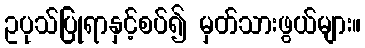
ဥပုသ်ပြုရာနှင့်စပ်၍ မှတ်သားဖွယ်များ။